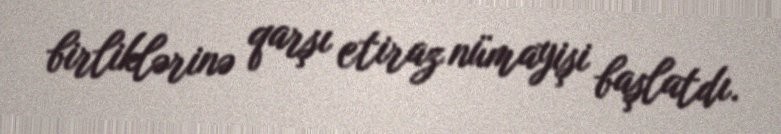
birliklərinə qarşı etiraz nümayişi başlatdı.